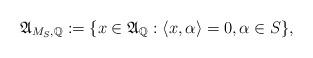
LaTeX: \begin{align*}\mathfrak{A}_{M_S, \mathbb{Q}} := \{ x \in \mathfrak{A}_{\mathbb{Q}}: \langle x, \alpha \rangle=0, \alpha \in S\},\end{align*}